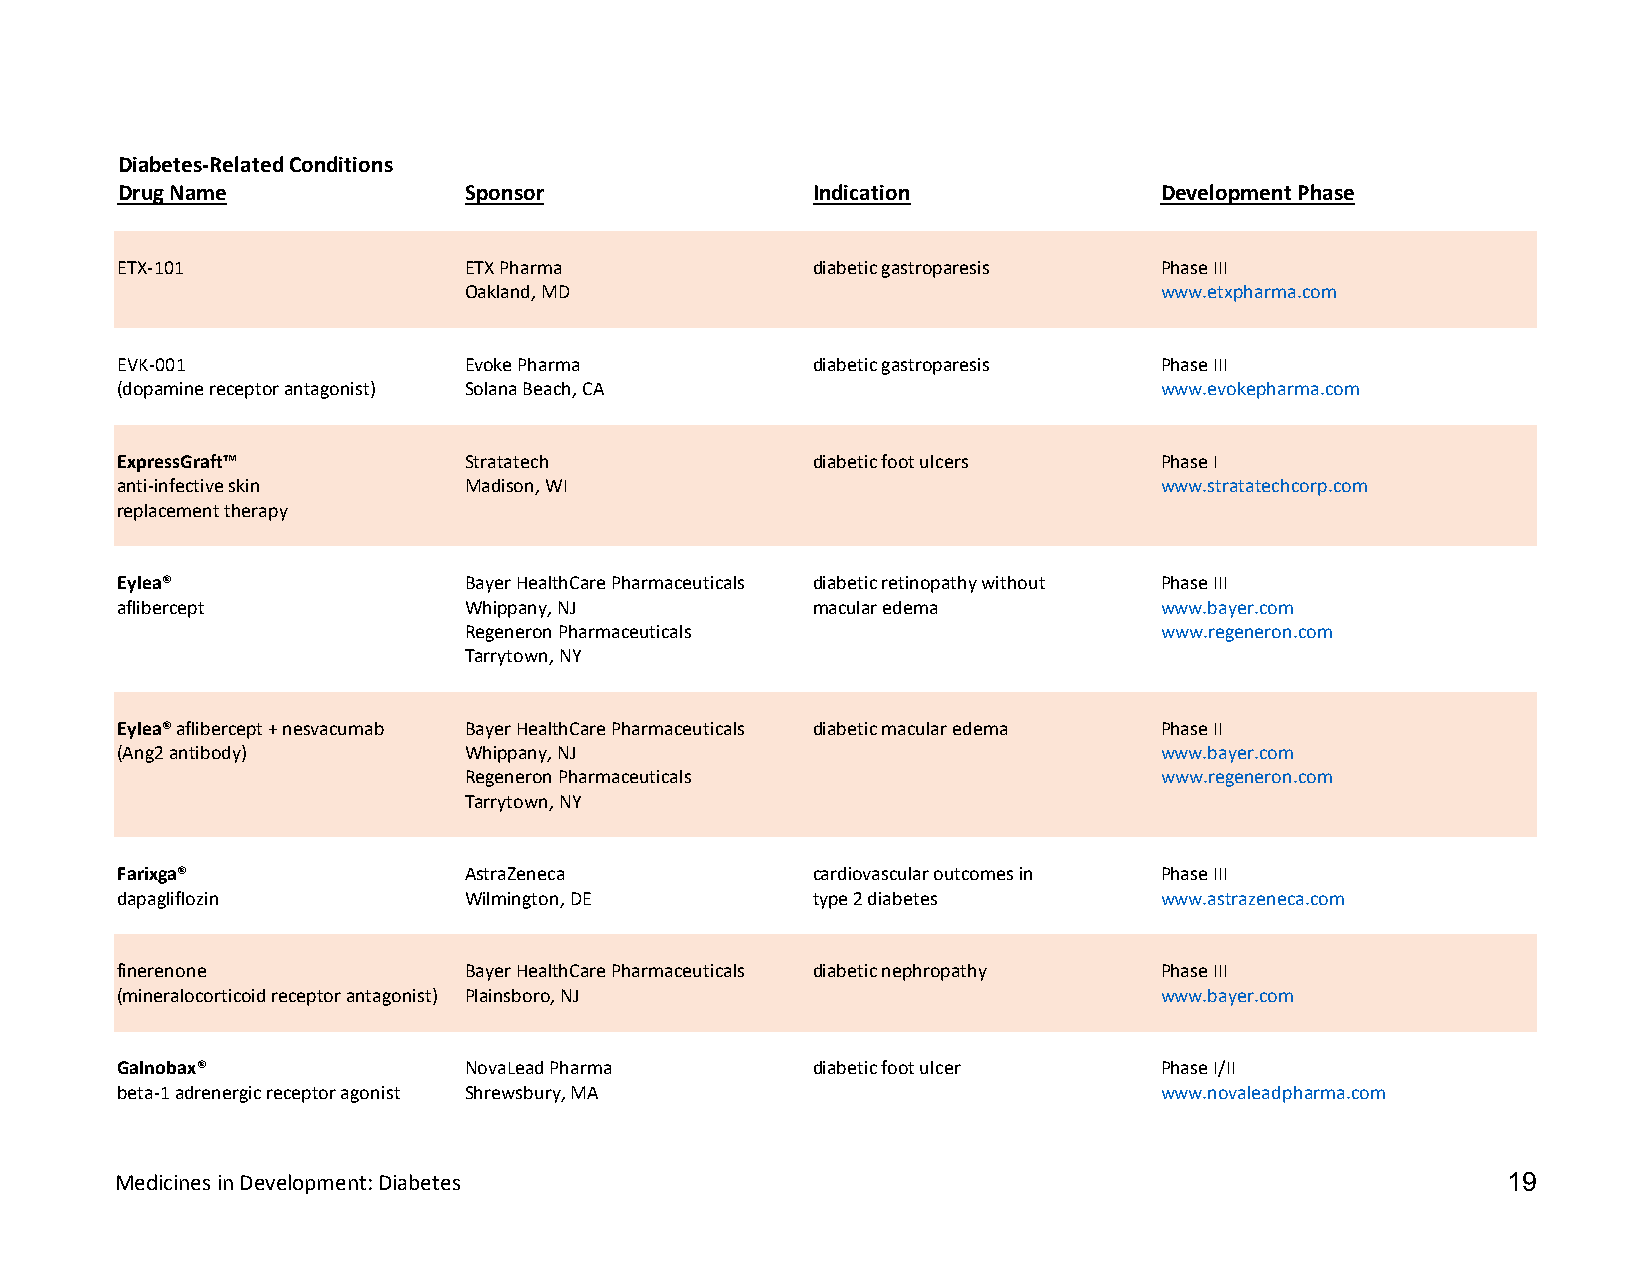
Diabetes-Related Conditions
 Drug Name              Sponsor                Indication             Development Phase
 ETX-101                ETX Pharma             diabetic gastroparesis Phase III
 Oakland, MD                                   www.etxpharma.com
 EVK-001                Evoke Pharma           diabetic gastroparesis Phase III
 (dopamine receptor antagonist) Solana Beach, CA                      www.evokepharma.com
 ExpressGraft™          Stratatech             diabetic foot ulcers   Phase I
 anti-infective skin    Madison, WI                                   www.stratatechcorp.com
 replacement therapy
 Eylea®                 Bayer HealthCare Pharmaceuticals diabetic retinopathy without Phase III
 aflibercept            Whippany, NJ           macular edema          www.bayer.com
 Regeneron Pharmaceuticals                     www.regeneron.com
 Tarrytown, NY
 Eylea® aflibercept + nesvacumab Bayer HealthCare Pharmaceuticals diabetic macular edema Phase II
 (Ang2 antibody)        Whippany, NJ                                  www.bayer.com
 Regeneron Pharmaceuticals                     www.regeneron.com
 Tarrytown, NY
 Farixga®               AstraZeneca            cardiovascular outcomes in Phase III
 dapagliflozin          Wilmington, DE         type 2 diabetes        www.astrazeneca.com
 finerenone             Bayer HealthCare Pharmaceuticals diabetic nephropathy Phase III
 (mineralocorticoid receptor antagonist) Plainsboro, NJ               www.bayer.com
 Galnobax®              NovaLead Pharma        diabetic foot ulcer    Phase I/II
 beta-1 adrenergic receptor agonist Shrewsbury, MA                    www.novaleadpharma.com
 Medicines in Development: Diabetes                                                          19